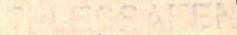
TELEGRAFEN